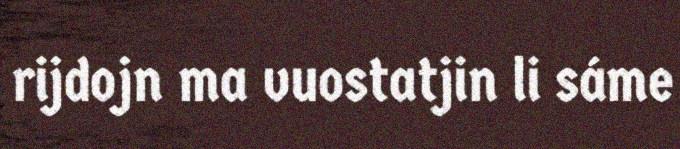
rijdojn ma vuostatjin li sáme